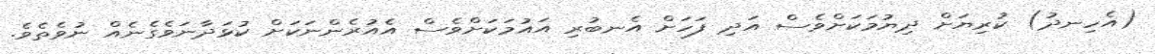
(އެހިނދު) ކުރިޔަށް ދިޔުމަކަށްވެސް އަދި ފަހަށް އެނބުރި އައުމަކަށްވެސް އެއުރެންނަކަށް ކުޅަދާނަވެގެނެއް ނުވެތެވެ.